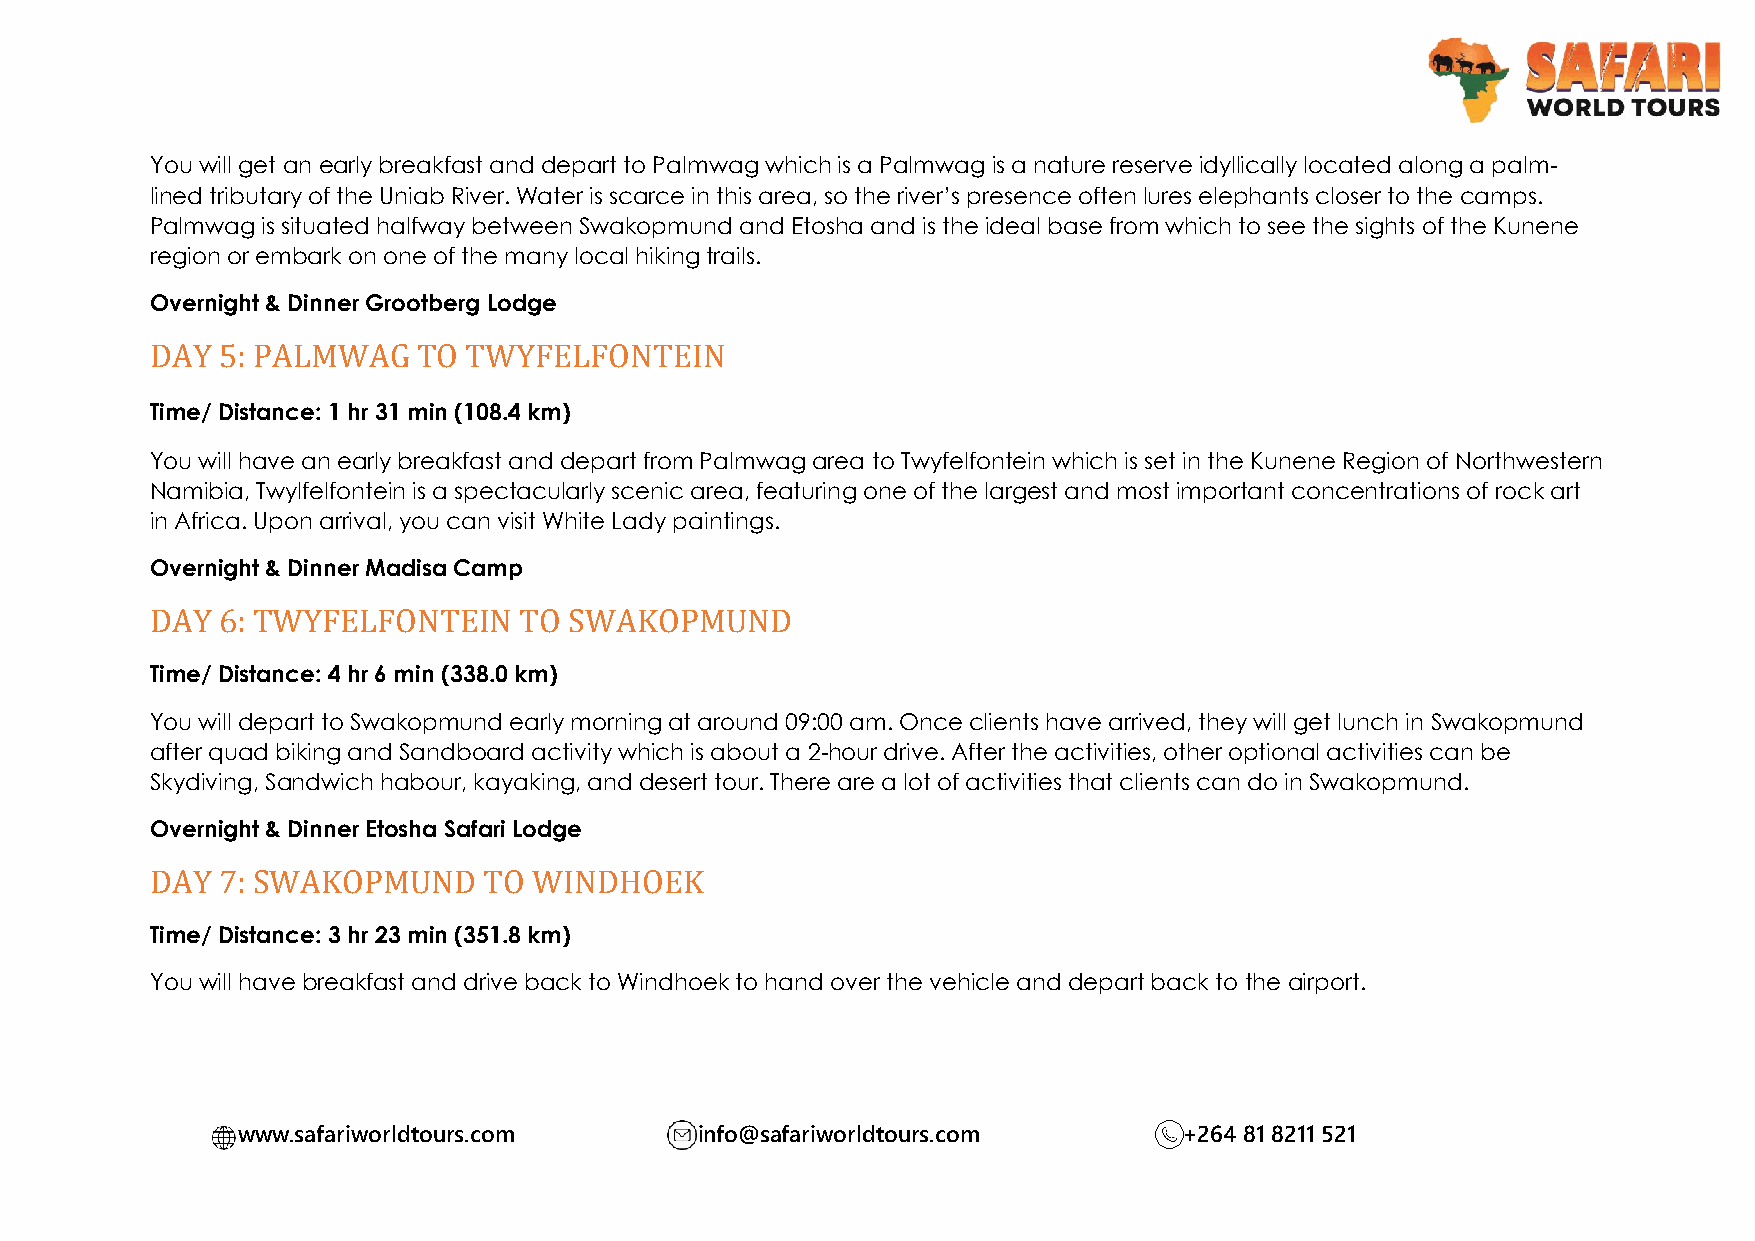
You will get an early breakfast and depart to Palmwag which is a Palmwag is a nature reserve idyllically located along a palm-
 lined tributary of the Uniab River. Water is scarce in this area, so the river’s presence often lures elephants closer to the camps.
 Palmwag is situated halfway between Swakopmund and Etosha and is the ideal base from which to see the sights of the Kunene
 region or embark on one of the many local hiking trails.
 Overnight & Dinner Grootberg Lodge
 DAY 5: PALMWAG    TO TWYFELFONTEIN
 Time/ Distance: 1 hr 31 min (108.4 km)
 You will have an early breakfast and depart from Palmwag area to Twyfelfontein which is set in the Kunene Region of Northwestern
 Namibia, Twylfelfontein is a spectacularly scenic area, featuring one of the largest and most important concentrations of rock art
 in Africa. Upon arrival, you can visit White Lady paintings.
 Overnight & Dinner Madisa Camp
 DAY 6: TWYFELFONTEIN    TO  SWAKOPMUND
 Time/ Distance: 4 hr 6 min (338.0 km)
 You will depart to Swakopmund early morning at around 09:00 am. Once clients have arrived, they will get lunch in Swakopmund
 after quad biking and Sandboard activity which is about a 2-hour drive. After the activities, other optional activities can be
 Skydiving, Sandwich habour, kayaking, and desert tour. There are a lot of activities that clients can do in Swakopmund.
 Overnight & Dinner Etosha Safari Lodge
 DAY 7: SWAKOPMUND     TO WINDHOEK
 Time/ Distance: 3 hr 23 min (351.8 km)
 You will have breakfast and drive back to Windhoek to hand over the vehicle and depart back to the airport.
 www.safariworldtours.com      info@safariworldtours.com       +264 81 8211 521